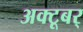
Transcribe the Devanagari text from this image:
अक्टूबर्